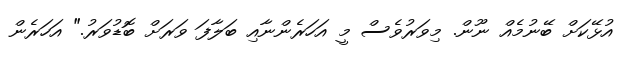
އުޅޭކަށް ބޭނުމެއް ނޫން. މިވަރުވެސް މީ އަހަރެންނާއި ބަލާފަ ވަރަށް ބޮޑުވަރު." އަހަރެން